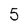
Character: 5